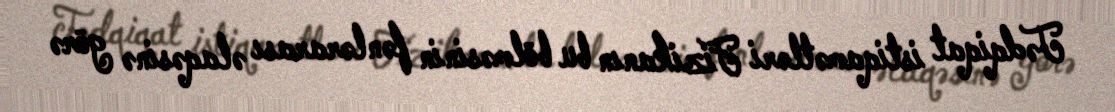
Tədqiqat istiqamətləri Fizikanın bu bölməsinin fənlərarası əlaqəsinə görə